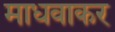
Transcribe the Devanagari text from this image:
माधवाकर